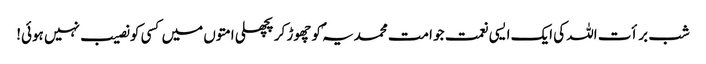
شب برأت اللہ کی ایک ایسی نعمت جو امت محمدیہ ؐکو چھوڑ کر پچھلی امتوں میں کسی کو نصیب نہیں ہوئی!